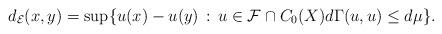
LaTeX: \begin{align*}d_{\mathcal{E}}(x,y)=\sup\{u(x)-u(y)\, :\, u\in\mathcal{F}\cap C_0(X) d\Gamma(u,u)\le d\mu\}.\end{align*}